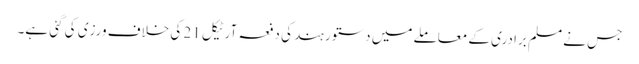
جس نے مسلم برادری کے معاملے میں دستور ہند کی دفعہ آرٹیکل 21 کی خلاف ورزی کی گئی ہے۔